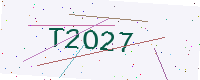
Text: T2O27